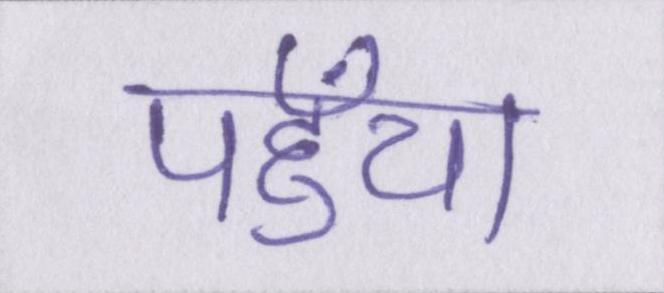
पहुँचा